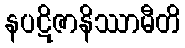
နပဋိဇာနိဿာမီတိ